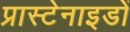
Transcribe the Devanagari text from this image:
प्रास्टेनाइडों